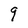
Character: 9